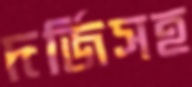
দর্জিসহ